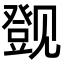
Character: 𬢔